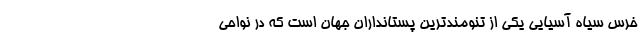
خرس سیاه آسیایی یکی از تنومندترین پستانداران جهان است که در نواحی